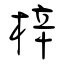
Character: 梓